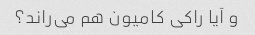
و آیا راکی ​​کامیون هم می‌راند؟